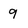
Character: 9